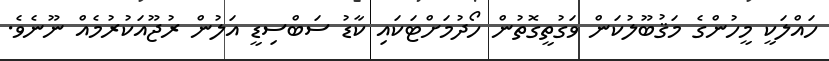
ހައްލަކީ މީހުންގެ މަޤުބޫލުކަން ވަގުތީގޮތުން ހޯދުމަށްޓަކައި ކާޑު ސަބްސިޑީ އަލުން ރުޖޫއަކުރުމެއް ނޫނެވެ.